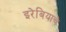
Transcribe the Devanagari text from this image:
इरेबियाचे